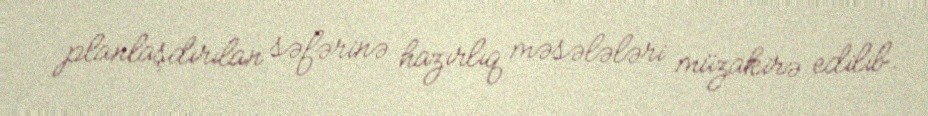
planlaşdırılan səfərinə hazırlıq məsələləri müzakirə edilib.